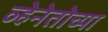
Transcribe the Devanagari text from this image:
व्हेनेतोच्या